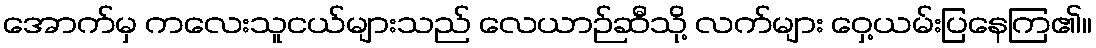
အောက်မှ ကလေးသူငယ်များသည် လေယာဉ်ဆီသို့ လက်များ ဝှေ့ယမ်းပြနေကြ၏။